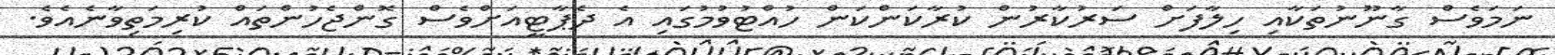
ނަމަވެސް ގާނޫނުތަކާއި ހިލާފަށް ސަރުކާރުން ކުރާކަންކަން ހުއްޓުވުމުގައި އެ ދެޕާޓީއަށްވެސް ގޮންޖެހުންތައް ކުރިމަތިވާނެއެވެ.